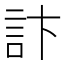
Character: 𮗾